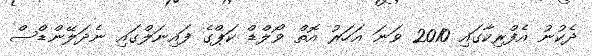
ދެކުނު އެފްރިކާގައި 2010 ވަނަ އަހަރު އޮތް ވޯލްޑް ކަޕްގެ ފައިނަލްގައި ނެދަލޭންޑްސް